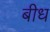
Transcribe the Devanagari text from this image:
बीध